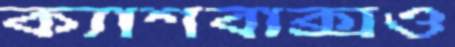
ক্যাশবাক্সও